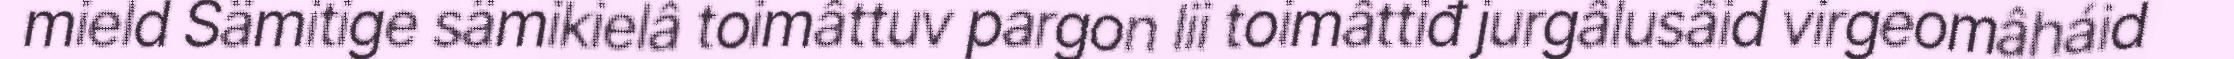
mield Sämitige sämikielâ toimâttuv pargon lii toimâttiđ jurgâlusâid virgeomâháid